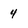
Character: 4